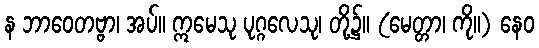
န ဘာဝေတဗ္ဗာ၊ အပ်။ ဣမေသု ပုဂ္ဂလေသု၊ တို့၌။ (မေတ္တာ၊ ကို။) နေဝ